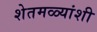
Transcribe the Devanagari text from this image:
शेतमळ्यांशी